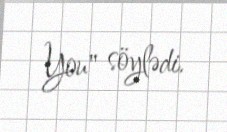
You" söylədi.